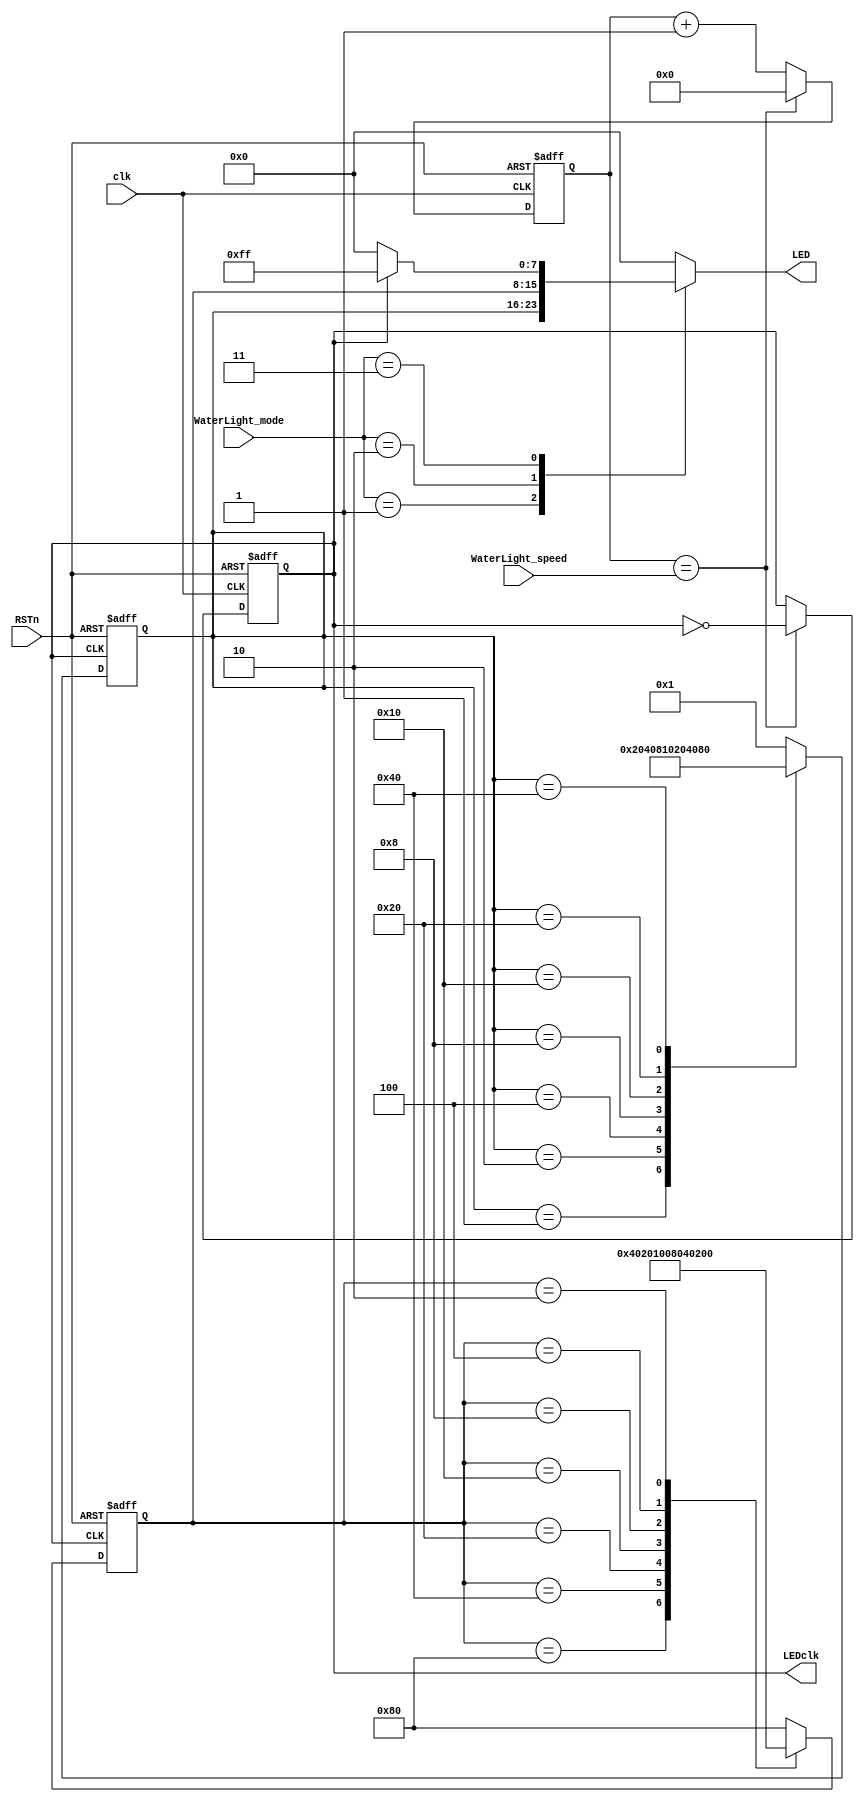
// This program was cloned from: https://github.com/flyjancy/CortexM0_SoC_Task
// License: MIT License

module WaterLight(
    input [7:0] WaterLight_mode,
    input [31:0] WaterLight_speed,
    input clk,
    input RSTn,
    output reg [7:0] LED,
    output wire LEDclk
);

//------------------------------------------------------
//  PWM
//------------------------------------------------------

reg [31:0] pwm_cnt;

always@(posedge clk or negedge RSTn) begin
    if(~RSTn) pwm_cnt <= 32'b0;
    else if(pwm_cnt == WaterLight_speed) pwm_cnt <= 32'b0;
    else pwm_cnt <= pwm_cnt + 1'b1;
end

reg light_clk;

always@(posedge clk or negedge RSTn) begin
    if(~RSTn) light_clk <= 1'b0;
    else if(pwm_cnt == WaterLight_speed) light_clk <= ~light_clk;
end

assign LEDclk = light_clk;

//------------------------------------------------------
//  LEFT MODE
//------------------------------------------------------

reg [7:0] mode1;

always@(posedge light_clk or negedge RSTn) begin
    if(~RSTn) mode1 <= 8'h01;
    else begin
        case(mode1)
        8'h01 : mode1 <= 8'h02;
        8'h02 : mode1 <= 8'h04;
        8'h04 : mode1 <= 8'h08;
        8'h08 : mode1 <= 8'h10;
        8'h10 : mode1 <= 8'h20;
        8'h20 : mode1 <= 8'h40;
        8'h40 : mode1 <= 8'h80;
        default : mode1 <= 8'h01;
        endcase
    end
end

//------------------------------------------------------
//  RIGHT MODE
//------------------------------------------------------

reg [7:0] mode2;

always@(posedge light_clk or negedge RSTn) begin
    if(~RSTn) mode2 <= 8'h80;
    else begin
        case(mode2)
        8'h80 : mode2 <= 8'h40;
        8'h40 : mode2 <= 8'h20;
        8'h20 : mode2 <= 8'h10;
        8'h10 : mode2 <= 8'h08;
        8'h08 : mode2 <= 8'h04;
        8'h04 : mode2 <= 8'h02;
        8'h02 : mode2 <= 8'h01;
        default : mode2 <= 8'h80;
        endcase
    end
end

//------------------------------------------------------
//  FLASH MODE
//------------------------------------------------------

wire [7:0] mode3;

assign mode3 = (light_clk == 1'b0) ? 8'h00 : 8'hff;

//------------------------------------------------------
//  OUTPUT MUX
//------------------------------------------------------

always@(*) begin
    case(WaterLight_mode)
    8'h01 : begin LED = mode1;end  
    8'h02 : begin LED = mode2;end
    8'h03 : begin LED = mode3;end
    default : begin LED = 8'h00;end
    endcase
end

endmodule